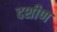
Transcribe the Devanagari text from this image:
दशीण